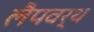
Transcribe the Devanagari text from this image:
लैपवर्थ